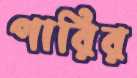
পারির